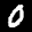
Label: 0